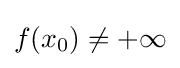
f(x_{0})\neq +\infty